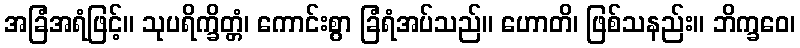
အခြံအရံဖြင့်။ သုပရိက္ခိတ္တံ၊ ကောင်းစွာ ခြံရံအပ်သည်။ ဟောတိ၊ ဖြစ်သနည်း။ ဘိက္ခဝေ၊